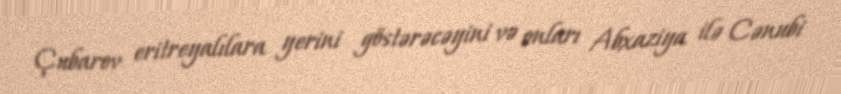
Çubarov eritreyalılara yerini göstərəcəyini və onları Abxaziya ilə Cənubi